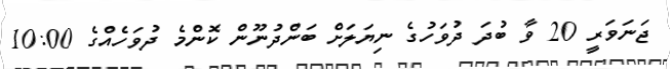
ޖަނަވަރީ 20 ވާ ބުދަ ދުވަހުގެ ނިޔަލަށް ބަންދުނޫން ކޮންމެ ދުވަހެެއްގެ 10:00